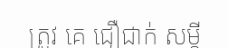
ត្រូវ គេ ជឿជាក់ សម្តី